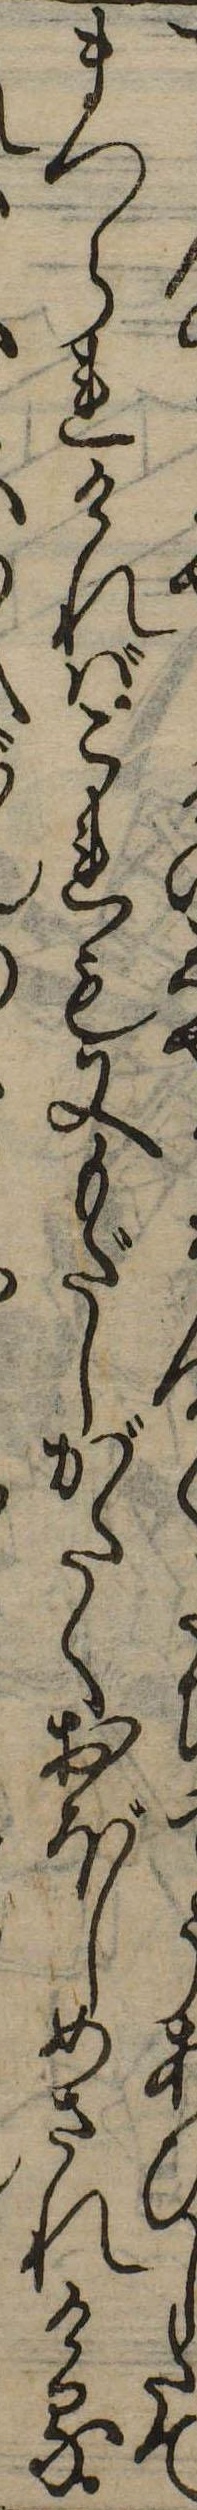
うあひしたてまつられければこれも又もだしがたくおぼしめされける